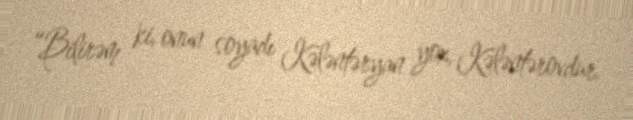
“Bilirəm ki, onun soyadı Kələntəryan yox, Kələntərovdur.